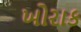
ખોરાક